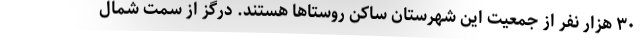
۳۰ هزار نفر از جمعیت این شهرستان ساکن روستاها هستند. درگز از سمت شمال